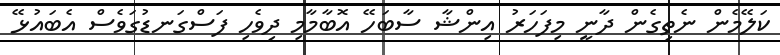
ކަލޭމެން ނެތިގެން ދާނީ މިފަހަރު އިންޝާ ސާބަހޭ އޮބާމާމި ދިވެހި ފަސްގަނޑުގަވެސް އެބައުޅޭ